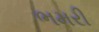
ભમરી